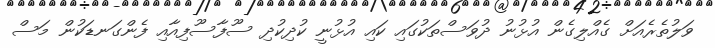
ވަލުތެރެއަށް ގެއްލިގެން އުޅުނު ދުވަސްތަކުގައި ކައި އުޅުނީ ކުދިކުދި ސޫފާސޫފިއާއި ފެންގަނޑަކުން މަސް